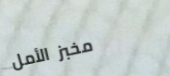
مخبز الأمل